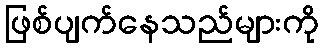
ဖြစ်ပျက်နေသည်များကို